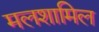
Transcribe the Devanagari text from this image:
मलशामिल